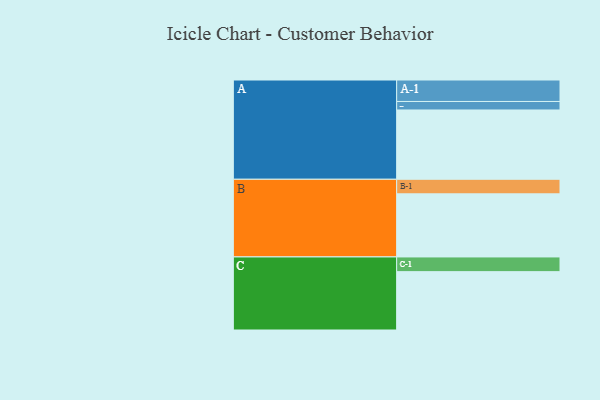
{"axis": {"x": "Segment", "y": "Value"}, "legend": ["", "A", "B", "C"], "data": [{"x": "A", "y": 481, "type": ""}, {"x": "B", "y": 438, "type": ""}, {"x": "C", "y": 405, "type": ""}, {"x": "A-1", "y": 149, "type": "A"}, {"x": "A-2", "y": 59, "type": "A"}, {"x": "B-1", "y": 101, "type": "B"}, {"x": "C-1", "y": 102, "type": "C"}]}